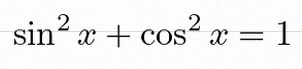
\sin^2x+\cos^2x=1